FBI September 2023 Sighting - Serial 5
Agency: FBI
Incident date: 9/1/23
Incident location: United States
Page 1
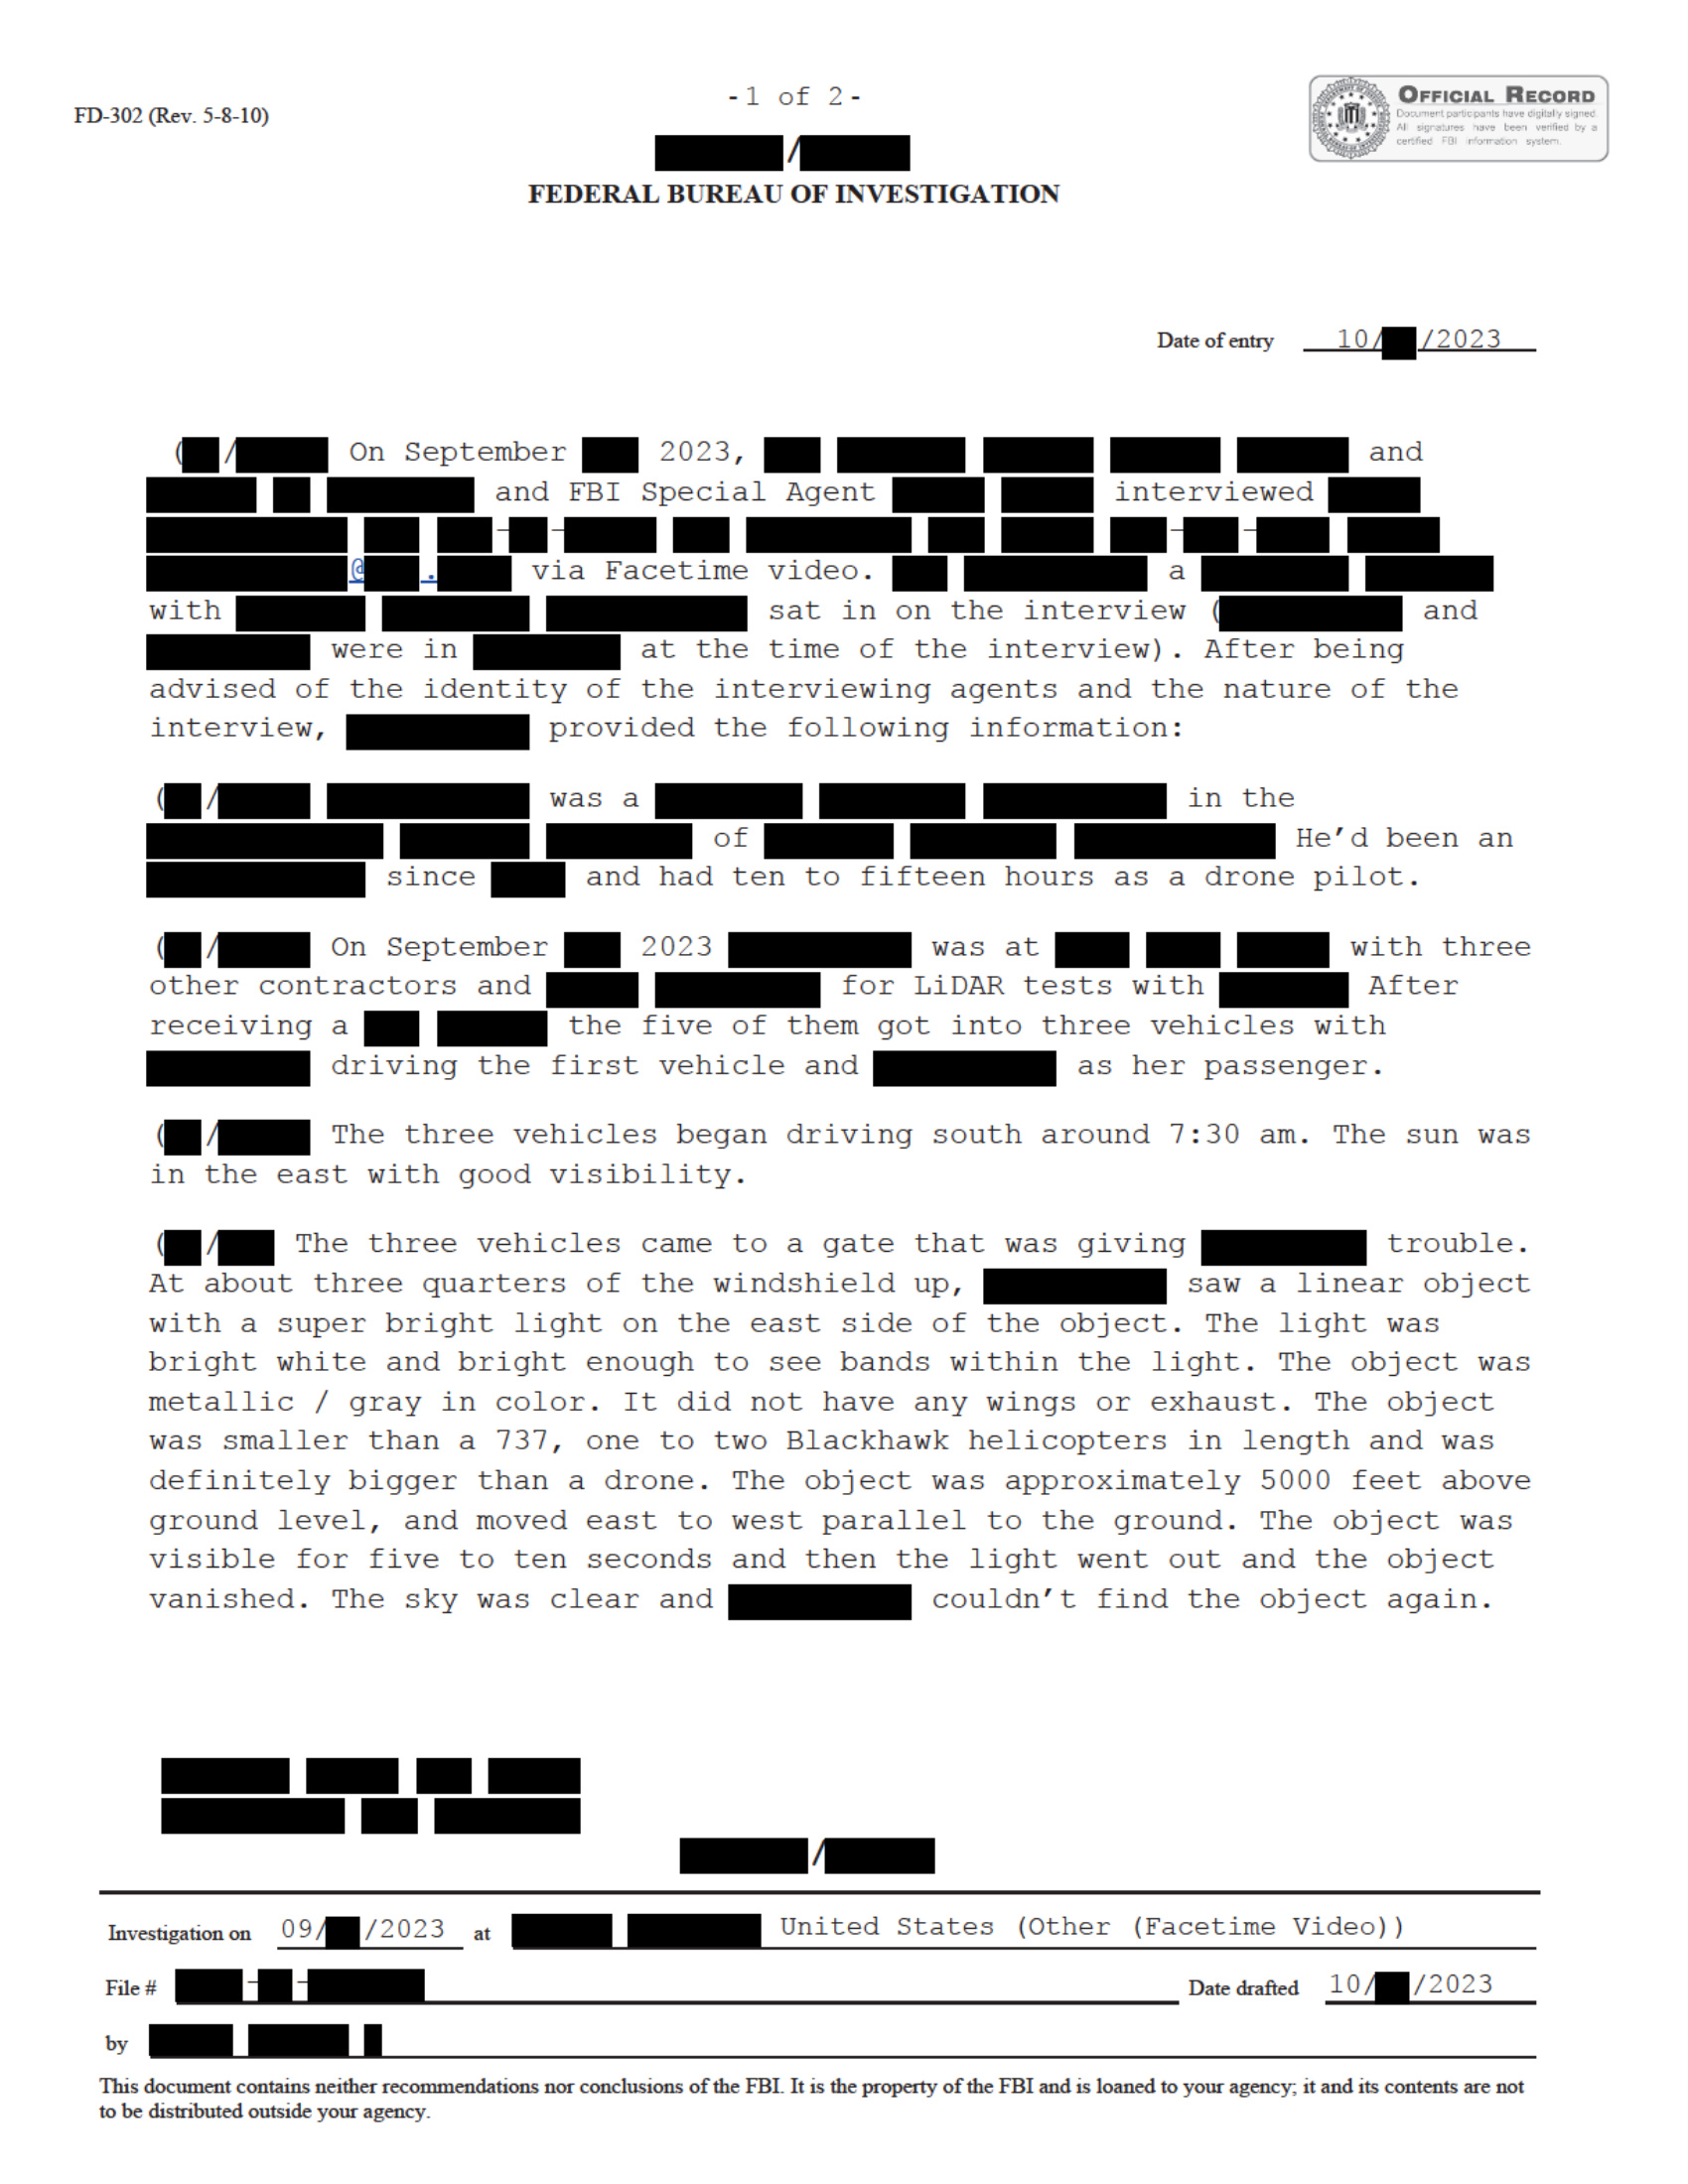